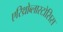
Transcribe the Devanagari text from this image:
एरिथ्रोब्लास्टोसिस